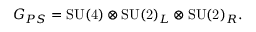
G _ { P S } = \mathrm { S U ( 4 ) } \otimes \mathrm { S U ( 2 ) } _ { L } \otimes \mathrm { S U ( 2 ) } _ { R } .